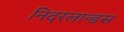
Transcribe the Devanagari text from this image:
निदरलान्डस